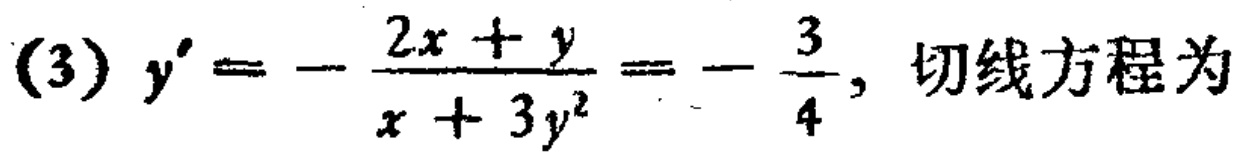
(3) \(y'=-\frac{2x + y}{x + 3y^{2}}=-\frac{3}{4}\), 切线方程为